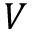
V